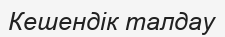
Кешендік талдау